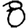
Digit: 8